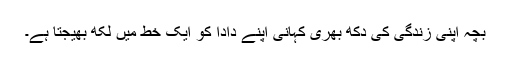
بچّہ اپنی زندگی کی دکھ بھری کہانی اپنے دادا کو ایک خط میں لکھ بھیجتا ہے۔